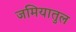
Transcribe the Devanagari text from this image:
जमियातुल